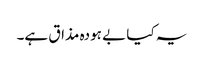
یہ کیا بے ہودہ مذاق ہے۔